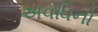
અવધિનો